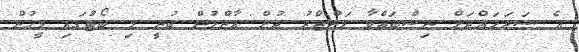
އެ ސަރަހައްދަށް ނިސްބަތްވާ މަންޒްރު ދުށް އާންމުން ބުނީ މި ބޯޓުގައި މީހުން